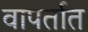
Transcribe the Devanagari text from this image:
वापर्तात